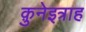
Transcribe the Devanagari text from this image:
क़ुनेइत्राह